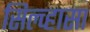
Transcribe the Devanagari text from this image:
सिल्व्हासा